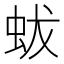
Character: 蛂